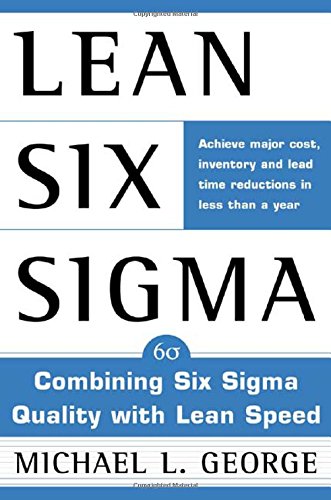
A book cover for Lean Six Sigma: Combining Six Sigma Quality with Lean Production Speed; Michael L. George; Business & Money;